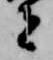
者